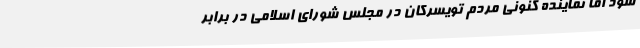
شود اما نماینده کنونی مردم تویسرکان در مجلس شورای اسلامی در برابر